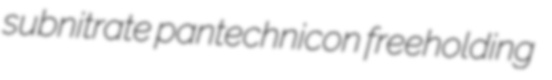
subnitrate pantechnicon freeholding